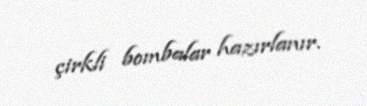
çirkli bombalar hazırlanır.